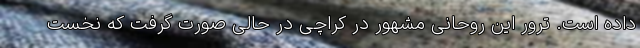
داده است. ترور این روحانی مشهور در کراچی در حالی صورت گرفت که نخست